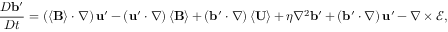
\frac { D \mathbf { b } ^ { \prime } } { D t } = \left( \left\langle \mathbf { B } \right\rangle \cdot \nabla \right) \mathbf { u } ^ { \prime } - \left( \mathbf { u } ^ { \prime } \cdot \nabla \right) \left\langle \mathbf { B } \right\rangle + \left( \mathbf { b } ^ { \prime } \cdot \nabla \right) \left\langle \mathbf { U } \right\rangle + \eta \nabla ^ { 2 } \mathbf { b } ^ { \prime } + \left( \mathbf { b } ^ { \prime } \cdot \nabla \right) \mathbf { u } ^ { \prime } - \nabla \times \boldsymbol { \mathcal { E } } ,